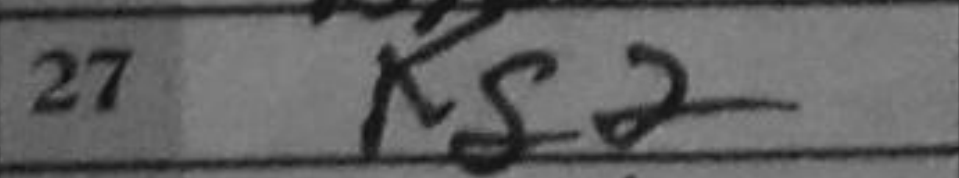
Transcription: Kg2